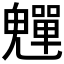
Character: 𩴫